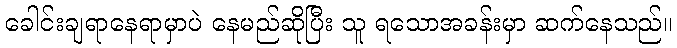
ခေါင်းချရာနေရာမှာပဲ နေမည်ဆိုပြီး သူ ရသောအခန်းမှာ ဆက်နေသည်။